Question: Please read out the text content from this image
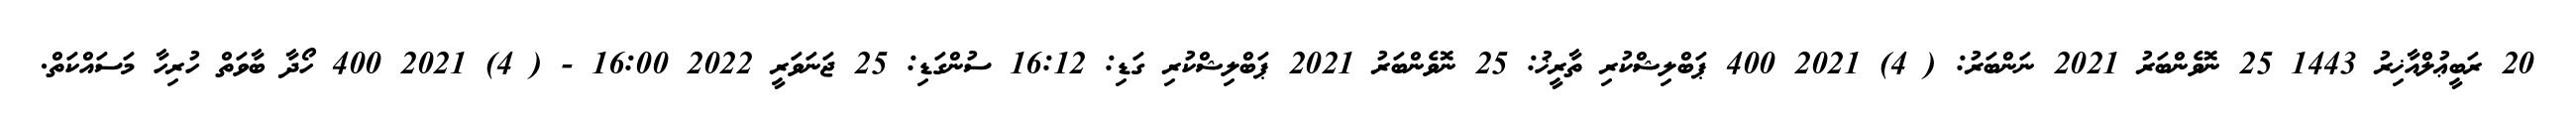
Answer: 20 ރަބީޢުލްއާޚިރު 1443 25 ނޮވެންބަރު 2021 ނަންބަރު: ( 4) 2021 400 ޕަބްލިޝްކުރި ތާރީޚު: 25 ނޮވެންބަރު 2021 ޕަބްލިޝްކުރި ގަޑި: 16:12 ސުންގަޑި: 25 ޖަނަވަރީ 2022 16:00 - ( 4) 2021 400 ހޯދާ ބާވަތް ހުރިހާ މަސައްކަތް.